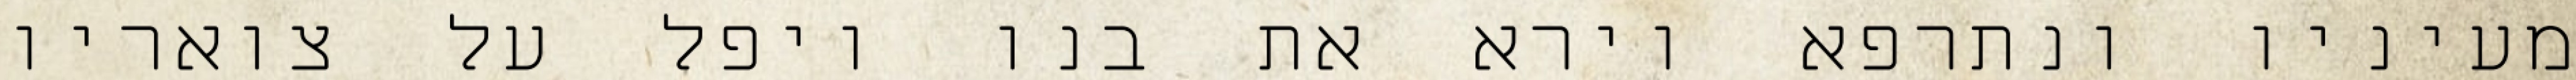
מעיניו ונתרפא וירא את בנו ויפל על צואריו